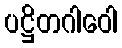
ပဋ္ဌိတဂါဝေါ